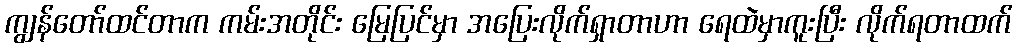
ကျွန်တော်ထင်တာက ကမ်းအတိုင်း မြေပြင်မှာ အပြေးလိုက်ရှာတာဟာ ရေထဲမှာကူးပြီး လိုက်ရတာထက်